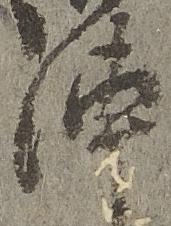
陣